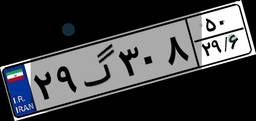
۰۸گ۶۲۸۸۰